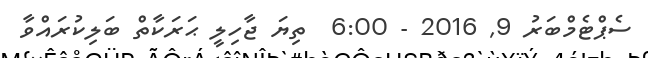
ސެޕްޓެމްބަރު 9